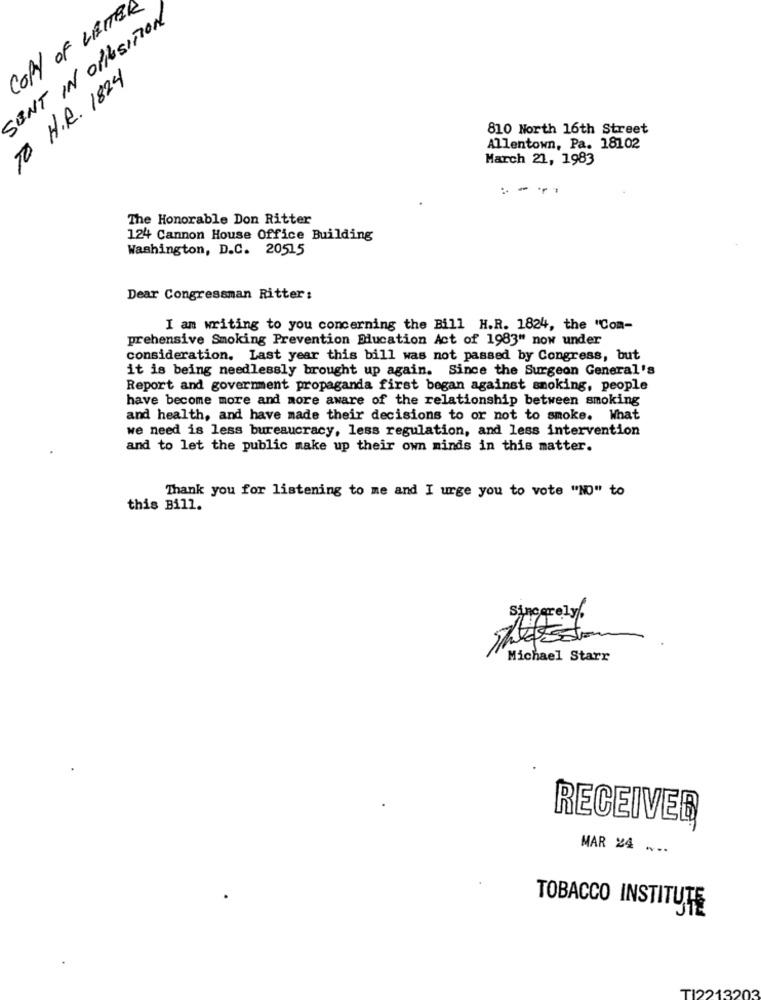
COPY OF LETTER
SENT IN OPPOSITION
TO H.R. 1824
810 North 16th Street
Allentown, Pa. 18102
March 21, 1983
-- --
The Honorable Don Ritter
124 Cannon House Office Building
Washington, D.C. 20515
Dear Congressman Ritter:
I am writing to you concerning the Bill H.R. 1824, the "Com-
prehensive Smoking Prevention Education Act of 1983" now under
consideration. Last year this bill was not passed by Congress, but
it is being needlessly brought up again. Since the Surgeon General's
Report and goverment propaganda first began against smoking, people
have become more and more aware of the relationship between smoking
and health, and have made their decisions to or not to smoke. What
we need is less bureaucracy, less regulation, and less intervention
and to let the public make up their own minds in this matter.
Thank you for listening to me and I urge you to vote "NO" to
this Bill.
Sincerely.
Michael Starr
RECEIVER
MAR 24
TOBACCO INSTITUTE
TI2213203